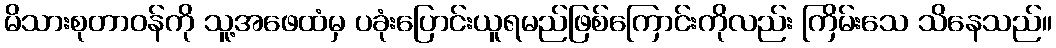
မိသားစုတာဝန်ကို သူ့အဖေထံမှ ပခုံးပြောင်းယူရမည်ဖြစ်ကြောင်းကိုလည်း ကြိမ်းသေ သိနေသည်။